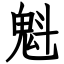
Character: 魁